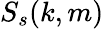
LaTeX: S_{s}(k,m)